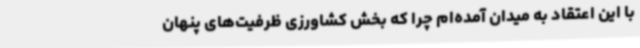
با این اعتقاد به میدان آمده‌ام چرا که بخش کشاورزی ظرفیت‌های پنهان